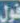
قول